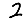
Digit: 2